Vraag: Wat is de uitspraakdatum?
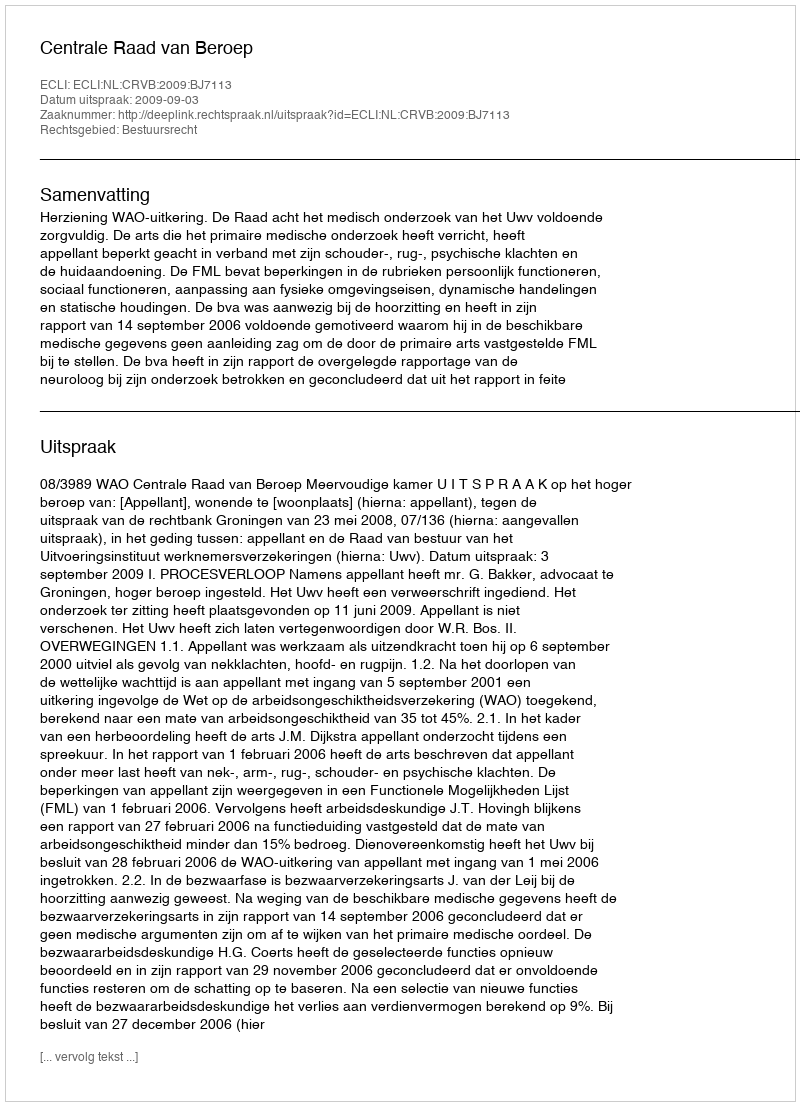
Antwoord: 2009-09-03